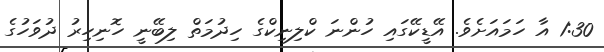
1:30 އާ ހަމައަށެވެ. އޭޑީކޭގައި ހުންނަ ކްލިނިކްގެ ހިދުމަތް ލިބޭނީ ހޮނިހިރު ދުވަހުގެ